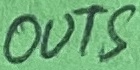
Text: OUTS